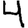
Digit: 4